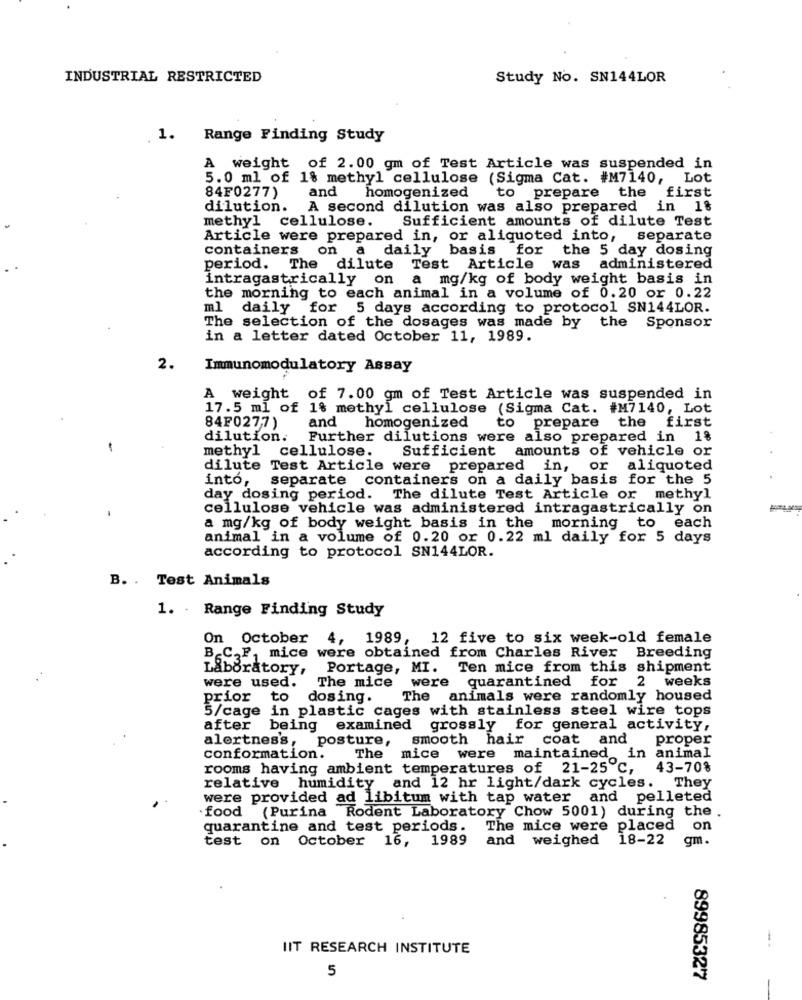
INDUSTRIAL RESTRICTED
Study No. SN144LOR
1.
Range Finding Study
A weight of 2.00 gm of Test Article was suspended in
5.0 ml of 1% methyl cellulose (Sigma Cat. #M7140, Lot
and
84F0277)
homogenized to prepare the first
dilution.
A second dilution was also prepared in 1%
methyl cellulose.
Sufficient amounts of dilute Test
Article were prepared in, or aliquoted into, separate
containers on a daily basis for the 5 day dosing
period. The dilute Test Article was administered
intragastrically on a mg/kg of body weight basis in
the morning to each animal in a volume of 0.20 or 0.22
ml daily for 5 days according to protocol SN144LOR.
The selection of the dosages was made by the Sponsor
in a letter dated October 11, 1989.
2.
Immunomodulatory Assay
A weight of 7.00 gm of Test Article was suspended in
17.5 ml of 1% methyl cellulose (Sigma Cat. #M7140, Lot
and
homogenized
84F0277)
to prepare the first
dilution.
Further dilutions were also prepared in 1%
methyl cellulose.
Sufficient amounts of vehicle or
dilute Test Article were prepared in, or aliquoted
into,
separate containers on a daily basis for the 5
day dosing period. The dilute Test Article or methyl
cellulose vehicle was administered intragastrically on
a mg/kg of body weight basis in the morning to each
animal in a volume of 0.20 or 0.22 ml daily for 5 days
according to protocol SN144LOR.
B. . Test Animals
1. . Range Finding Study
On October
4, 1989,
12 five to six week-old female
B.C.F, mice were obtained from Charles River Breeding
Laboratory,
Portage, MI. Ten mice from this shipment
The mice were quarantined for 2 weeks
were used.
prior to
dosing. The animals were randomly housed
5/cage in plastic cages with stainless steel wire tops
after being examined
grossly for general activity,
alertness,
: posture,
smooth hair coat and
proper
conformation.
The mice were maintained in animal
rooms having ambient temperatures of 21-25 ℃, 43-70%
relative humidity and 12 hr light/dark cycles. They
were provided ad libitum with tap water and pelleted
food (Purina Rodent Laboratory Chow 5001) during the .
quarantine and test periods.
The mice were placed on
test on October 16,
1989
and weighed
18-22
gm.
IIT RESEARCH INSTITUTE
--
5
89985327